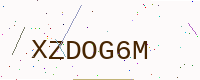
Text: XZDOG6M